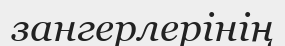
зангерлерінің